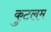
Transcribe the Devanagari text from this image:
कुटलम